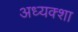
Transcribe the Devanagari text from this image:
अध्यक्शा